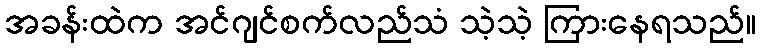
အခန်းထဲက အင်ဂျင်စက်လည်သံ သဲ့သဲ့ ကြားနေရသည်။